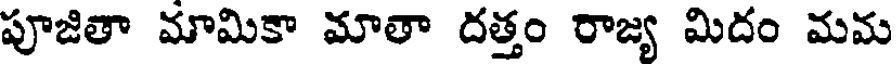
పూజితా మామికా మాతా దత్తం రాజ్య మిదం మమ